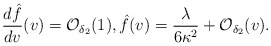
\begin{align*} \frac{d\hat{f}}{dv}(v)=\mathcal{O}_{\delta_2}(1),\hat{f}(v)=\frac{\lambda}{6\kappa^2}+\mathcal{O}_{\delta_2}(v).\end{align*}